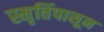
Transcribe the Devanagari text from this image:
स्मृतिंपासून